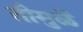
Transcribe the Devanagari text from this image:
तीमुळें